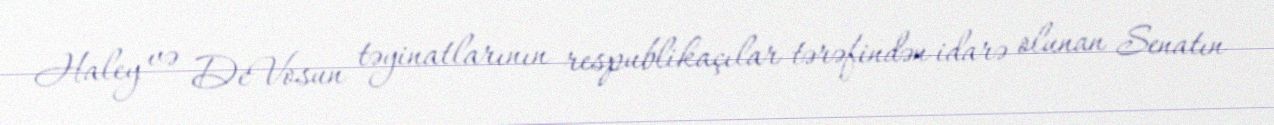
Haley və DeVosun təyinatlarının respublikaçılar tərəfindən idarə olunan Senatın